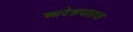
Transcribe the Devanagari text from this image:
आदेशवाहक